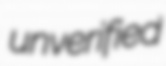
unverified